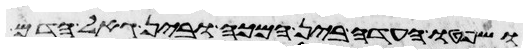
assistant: ושפטו העדה בין המכה ובין גאל הדם